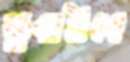
ডুবাইবে